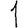
Digit: 1